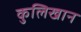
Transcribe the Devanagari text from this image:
कुलिखान